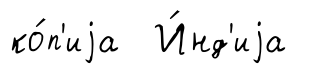
ко́п'иjа И́нд'иjа